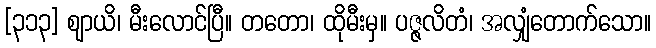
[၃၁၃] ဈာယိ၊ မီးလောင်ပြီ။ တတော၊ ထိုမီးမှ။ ပဇ္ဇလိတံ၊ အလျှံတောက်သော။